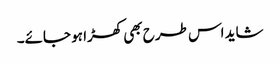
شاید اس طرح بھی کھڑا ہو جائے۔